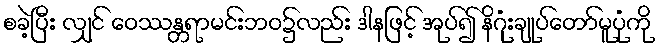
စခဲ့ပြီး လျှင် ဝေဿန္တရာမင်းဘဝ၌လည်း ဒါနဖြင့် အုပ်၍ နိဂုံးချုပ်တော်မူပုံကို